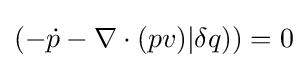
(-{\dot {p}}-\nabla \cdot (pv)|\delta q))=0